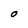
Character: O